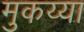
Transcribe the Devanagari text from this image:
मुकय्या